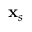
\mathbf { x } _ { s }